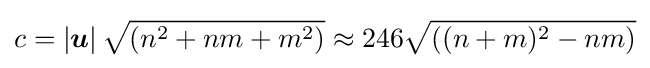
c=\left|{\boldsymbol {u}}\right|{\sqrt {(n^{2}+nm+m^{2})}}\approx 246{\sqrt {((n+m)^{2}-nm)}}